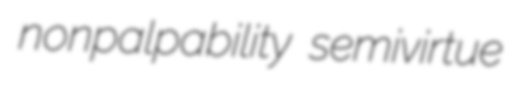
nonpalpability semivirtue